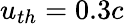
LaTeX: u_{th}=0.3c